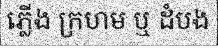
ភ្លើង ក្រហម ឬ ដំបង